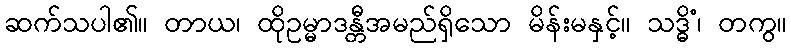
ဆက်သပါ၏။ တာယ၊ ထိုဥမ္မာဒန္တီအမည်ရှိသော မိန်းမနှင့်။ သဒ္ဓိံ၊ တကွ။